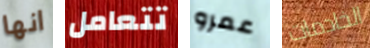
انها تتعامل عمرو الخادمات